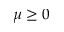
\mu \geq 0